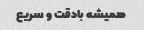
همیشه بادقت و سریع